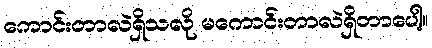
ကောင်းတာလဲရှိသလို မကောင်းတာလဲရှိတာပေါ့။